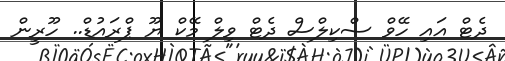
ދެޓް އައި ހޭވް ސްކިލްސް ދެޓް ވިލް މޭކް ޔޫ ޕްރައުޑް.. ހޫރީން